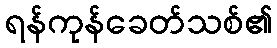
ရန်ကုန်ခေတ်သစ်၏